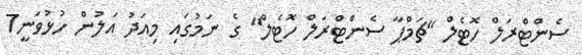
ސެންޓްރަލް ހޮޓެލް "ޗަމްޕާ ސެންޓްރަލް ހޮޓެލް" ގެ ނަމުގައި މިއަދު އަލުން ހުޅުވަނީ7